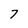
Character: 7